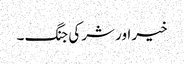
خیر اور شر کی جنگ ۔